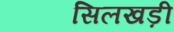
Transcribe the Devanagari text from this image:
सिलखड़ी